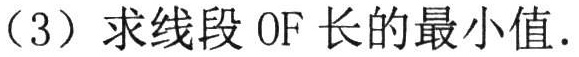
（3）求线段 OF 长的最小值.